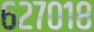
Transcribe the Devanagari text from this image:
६२७०१८